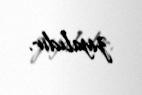
ziyalıdır.